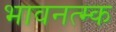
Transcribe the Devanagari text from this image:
भावनत्म्क